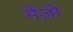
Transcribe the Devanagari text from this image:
मेंज़ो